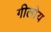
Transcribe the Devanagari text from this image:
गीलोय